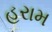
હરામ